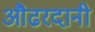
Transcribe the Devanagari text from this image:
औढरदानी